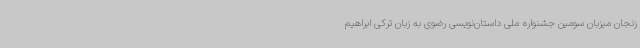
زنجان میزبان سومین جشنواره ملی داستان‌نویسی رضوی به زبان ترکی ابراهیم‌